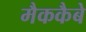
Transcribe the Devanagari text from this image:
मैककैबे